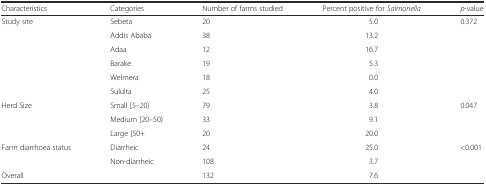
<table><thead><tr><td><b>Characteristics</b></td><td><b>Categories</b></td><td><b>Number of farms studied</b></td><td><b>Percent positive for <i>Salmonella</i></b></td><td><b><i>p</i>-value</b></td></tr></thead><tbody><tr><td rowspan="6">Study site</td><td>Sebeta</td><td>20</td><td>5.0</td><td>0.372</td></tr><tr><td>Addis Ababa</td><td>38</td><td>13.2</td><td></td></tr><tr><td>Adaa</td><td>12</td><td>16.7</td><td></td></tr><tr><td>Barake</td><td>19</td><td>5.3</td><td></td></tr><tr><td>Welmera</td><td>18</td><td>0.0</td><td></td></tr><tr><td>Sululta</td><td>25</td><td>4.0</td><td></td></tr><tr><td rowspan="3">Herd Size</td><td>Small [5–20)</td><td>79</td><td>3.8</td><td>0.047</td></tr><tr><td>Medium [20–50)</td><td>33</td><td>9.1</td><td></td></tr><tr><td>Large [50+</td><td>20</td><td>20.0</td><td></td></tr><tr><td rowspan="2">Farm diarrhoea status</td><td>Diarrheic</td><td>24</td><td>25.0</td><td>&lt;0.001</td></tr><tr><td>Non-diarrheic</td><td>108</td><td>3.7</td><td></td></tr><tr><td>Overall</td><td></td><td>132</td><td>7.6</td><td></td></tr></tbody></table>